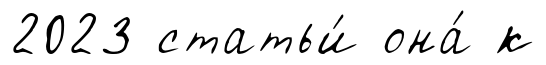
2023 статьи́ она́ к